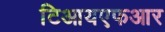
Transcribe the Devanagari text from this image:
टिआयएफआर